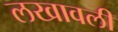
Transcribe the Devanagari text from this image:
लखावली